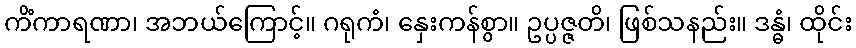
ကိံကာရဏာ၊ အဘယ်ကြောင့်။ ဂရုကံ၊ နှေးကန်စွာ။ ဥပ္ပဇ္ဇတိ၊ ဖြစ်သနည်း။ ဒန္ဓံ၊ ထိုင်း